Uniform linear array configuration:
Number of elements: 64
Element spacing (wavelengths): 0.75
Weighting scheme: blackman
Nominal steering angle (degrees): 45
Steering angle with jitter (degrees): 43.798
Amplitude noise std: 0.05
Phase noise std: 0.05

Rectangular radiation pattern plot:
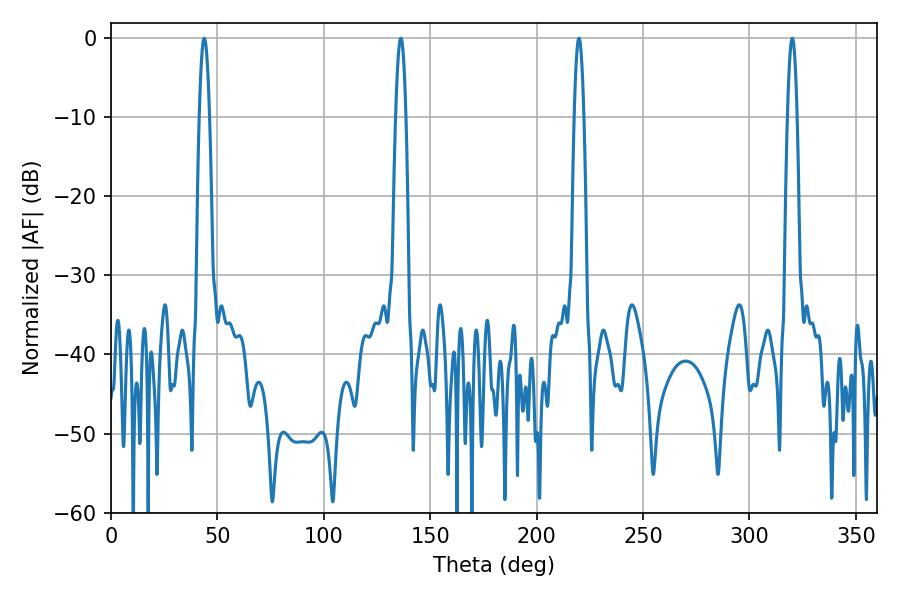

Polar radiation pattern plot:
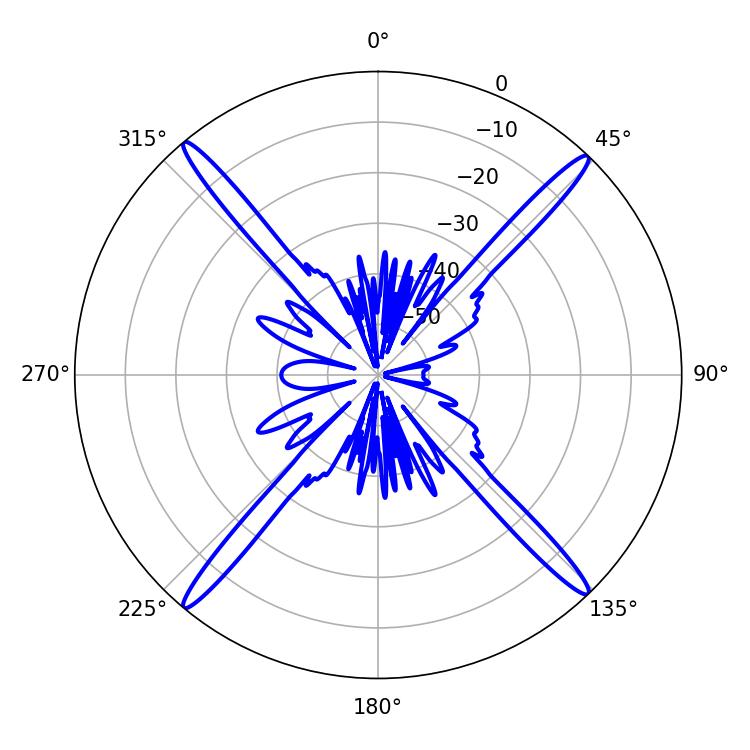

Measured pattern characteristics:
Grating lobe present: TRUE
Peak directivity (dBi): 23.425
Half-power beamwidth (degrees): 2.7
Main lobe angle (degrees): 43.74